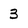
Character: 3